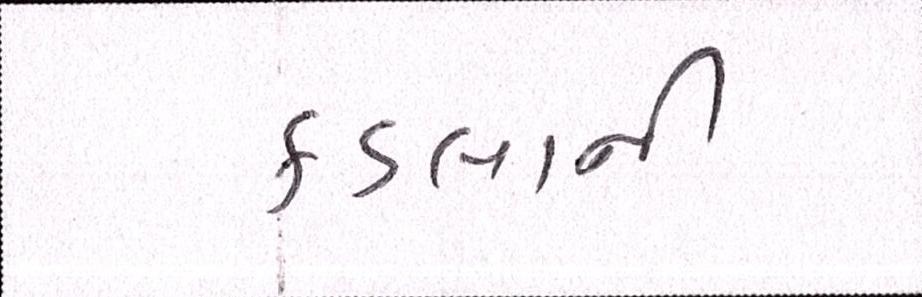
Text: કડલાની